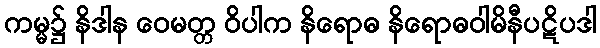
ကမ္မ၌ နိဒါန ဝေမတ္တ ဝိပါက နိရောဓ နိရောဓဝါမိနီပဋိပဒါ